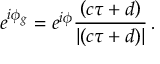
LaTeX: e ^ { i \phi _ { g } } = e ^ { i \phi } \frac { \left( c \tau + d \right) } { \left| \left( c \tau + d \right) \right| } \, .